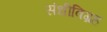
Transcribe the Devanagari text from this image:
संधीविग्रह